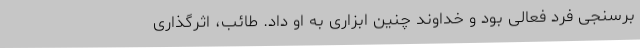
برسنجی فرد فعالی بود و خداوند چنین ابزاری به او داد. طائب، اثرگذاری